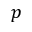
p